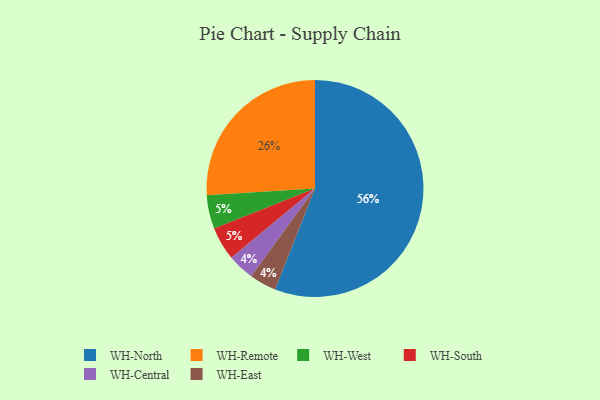
{"axis": {"x": "Category", "y": "Percentage"}, "legend": ["WH-Central", "WH-East", "WH-North", "WH-Remote", "WH-South", "WH-West"], "data": [{"x": "WH-North", "y": 56, "type": "WH-North"}, {"x": "WH-West", "y": 5, "type": "WH-West"}, {"x": "WH-Central", "y": 4, "type": "WH-Central"}, {"x": "WH-East", "y": 4, "type": "WH-East"}, {"x": "WH-South", "y": 5, "type": "WH-South"}, {"x": "WH-Remote", "y": 26, "type": "WH-Remote"}]}